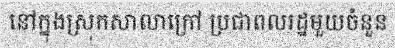
នៅក្នុងស្រុកសាលាក្រៅ ប្រជាពលរដ្ឋមួយចំនួន